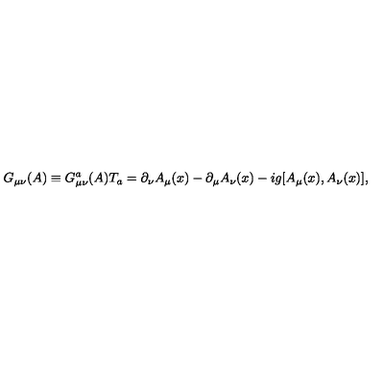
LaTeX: G _ { \mu \nu } ( A ) \equiv G _ { \mu \nu } ^ { a } ( A ) T _ { a } = \partial _ { \nu } A _ { \mu } ( x ) - \partial _ { \mu } A _ { \nu } ( x ) - i g [ A _ { \mu } ( x ) , A _ { \nu } ( x ) ] ,